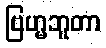
ဗြဟ္မဘူတာ